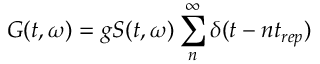
G ( t , \omega ) = g S ( t , \omega ) \sum _ { n } ^ { \infty } \delta ( t - n t _ { r e p } )